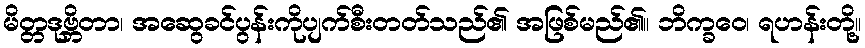
မိတ္တဒုဗ္ဘိတာ၊ အဆွေခင်ပွန်းကိုပျက်စီးတတ်သည်၏ အဖြစ်မည်၏။ ဘိက္ခဝေ၊ ရဟန်းတို့။